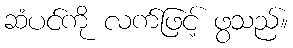
ဆံပင်ကို လက်ဖြင့် ဖွသည်။